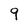
Character: 9